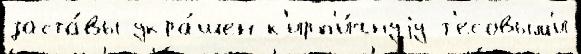
заста́вы укра́шен к'ирп'и́чнуjу т'есовым'и